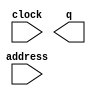
// megafunction wizard: %ROM: 1-PORT%VBB%
// GENERATION: STANDARD
// VERSION: WM1.0
// MODULE: altsyncram 

// ============================================================
// Megafunction Name(s):
// 			altsyncram
//
// Simulation Library Files(s):
// 			altera_mf
// ============================================================
// ************************************************************
// THIS IS A WIZARD-GENERATED FILE. DO NOT EDIT THIS FILE!
//
// 16.0.0 Build 211 04/27/2016 SJ Standard Edition
// ************************************************************

//Copyright (C) 1991-2016 Altera Corporation. All rights reserved.
//Your use of Altera Corporation's design tools, logic functions 
//and other software and tools, and its AMPP partner logic 
//functions, and any output files from any of the foregoing 
//(including device programming or simulation files), and any 
//associated documentation or information are expressly subject 
//to the terms and conditions of the Altera Program License 
//Subscription Agreement, the Altera Quartus Prime License Agreement,
//the Altera MegaCore Function License Agreement, or other 
//applicable license agreement, including, without limitation, 
//that your use is for the sole purpose of programming logic 
//devices manufactured by Altera and sold by Altera or its 
//authorized distributors.  Please refer to the applicable 
//agreement for further details.

module romTest4 (
	address,
	clock,
	q);

	input	[12:0]  address;
	input	  clock;
	output	[23:0]  q;
`ifndef ALTERA_RESERVED_QIS
// synopsys translate_off
`endif
	tri1	  clock;
`ifndef ALTERA_RESERVED_QIS
// synopsys translate_on
`endif

endmodule

// ============================================================
// CNX file retrieval info
// ============================================================
// Retrieval info: PRIVATE: ADDRESSSTALL_A NUMERIC "0"
// Retrieval info: PRIVATE: AclrAddr NUMERIC "0"
// Retrieval info: PRIVATE: AclrByte NUMERIC "0"
// Retrieval info: PRIVATE: AclrOutput NUMERIC "0"
// Retrieval info: PRIVATE: BYTE_ENABLE NUMERIC "0"
// Retrieval info: PRIVATE: BYTE_SIZE NUMERIC "8"
// Retrieval info: PRIVATE: BlankMemory NUMERIC "0"
// Retrieval info: PRIVATE: CLOCK_ENABLE_INPUT_A NUMERIC "0"
// Retrieval info: PRIVATE: CLOCK_ENABLE_OUTPUT_A NUMERIC "0"
// Retrieval info: PRIVATE: Clken NUMERIC "0"
// Retrieval info: PRIVATE: IMPLEMENT_IN_LES NUMERIC "0"
// Retrieval info: PRIVATE: INIT_FILE_LAYOUT STRING "PORT_A"
// Retrieval info: PRIVATE: INIT_TO_SIM_X NUMERIC "0"
// Retrieval info: PRIVATE: INTENDED_DEVICE_FAMILY STRING "Cyclone V"
// Retrieval info: PRIVATE: JTAG_ENABLED NUMERIC "0"
// Retrieval info: PRIVATE: JTAG_ID STRING "NONE"
// Retrieval info: PRIVATE: MAXIMUM_DEPTH NUMERIC "0"
// Retrieval info: PRIVATE: MIFfilename STRING "../../Users/Brian/Documents/ece554/CPU4_6/tiny_img.mif"
// Retrieval info: PRIVATE: NUMWORDS_A NUMERIC "8192"
// Retrieval info: PRIVATE: RAM_BLOCK_TYPE NUMERIC "0"
// Retrieval info: PRIVATE: RegAddr NUMERIC "1"
// Retrieval info: PRIVATE: RegOutput NUMERIC "0"
// Retrieval info: PRIVATE: SYNTH_WRAPPER_GEN_POSTFIX STRING "0"
// Retrieval info: PRIVATE: SingleClock NUMERIC "1"
// Retrieval info: PRIVATE: UseDQRAM NUMERIC "0"
// Retrieval info: PRIVATE: WidthAddr NUMERIC "13"
// Retrieval info: PRIVATE: WidthData NUMERIC "24"
// Retrieval info: PRIVATE: rden NUMERIC "0"
// Retrieval info: LIBRARY: altera_mf altera_mf.altera_mf_components.all
// Retrieval info: CONSTANT: ADDRESS_ACLR_A STRING "NONE"
// Retrieval info: CONSTANT: CLOCK_ENABLE_INPUT_A STRING "BYPASS"
// Retrieval info: CONSTANT: CLOCK_ENABLE_OUTPUT_A STRING "BYPASS"
// Retrieval info: CONSTANT: INIT_FILE STRING "../../Users/Brian/Documents/ece554/CPU4_6/tiny_img.mif"
// Retrieval info: CONSTANT: INTENDED_DEVICE_FAMILY STRING "Cyclone V"
// Retrieval info: CONSTANT: LPM_HINT STRING "ENABLE_RUNTIME_MOD=NO"
// Retrieval info: CONSTANT: LPM_TYPE STRING "altsyncram"
// Retrieval info: CONSTANT: NUMWORDS_A NUMERIC "8192"
// Retrieval info: CONSTANT: OPERATION_MODE STRING "ROM"
// Retrieval info: CONSTANT: OUTDATA_ACLR_A STRING "NONE"
// Retrieval info: CONSTANT: OUTDATA_REG_A STRING "UNREGISTERED"
// Retrieval info: CONSTANT: WIDTHAD_A NUMERIC "13"
// Retrieval info: CONSTANT: WIDTH_A NUMERIC "24"
// Retrieval info: CONSTANT: WIDTH_BYTEENA_A NUMERIC "1"
// Retrieval info: USED_PORT: address 0 0 13 0 INPUT NODEFVAL "address[12..0]"
// Retrieval info: USED_PORT: clock 0 0 0 0 INPUT VCC "clock"
// Retrieval info: USED_PORT: q 0 0 24 0 OUTPUT NODEFVAL "q[23..0]"
// Retrieval info: CONNECT: @address_a 0 0 13 0 address 0 0 13 0
// Retrieval info: CONNECT: @clock0 0 0 0 0 clock 0 0 0 0
// Retrieval info: CONNECT: q 0 0 24 0 @q_a 0 0 24 0
// Retrieval info: GEN_FILE: TYPE_NORMAL romTest4.v TRUE
// Retrieval info: GEN_FILE: TYPE_NORMAL romTest4.inc FALSE
// Retrieval info: GEN_FILE: TYPE_NORMAL romTest4.cmp FALSE
// Retrieval info: GEN_FILE: TYPE_NORMAL romTest4.bsf TRUE
// Retrieval info: GEN_FILE: TYPE_NORMAL romTest4_inst.v FALSE
// Retrieval info: GEN_FILE: TYPE_NORMAL romTest4_bb.v TRUE
// Retrieval info: LIB_FILE: altera_mf